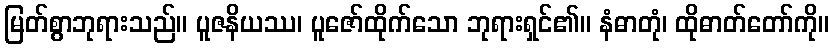
မြတ်စွာဘုရားသည်။ ပူဇနိယဿ၊ ပူဇော်ထိုက်သော ဘုရားရှင်၏။ နံဓာတုံ၊ ထိုဓာတ်တော်ကို။